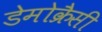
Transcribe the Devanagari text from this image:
डेमोक्रैसी